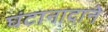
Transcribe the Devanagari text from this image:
घंटानादाने